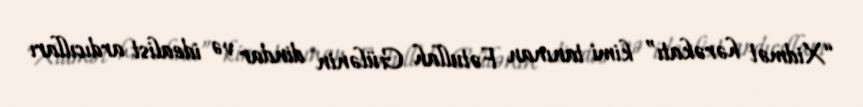
“Xidmət hərəkatı” kimi tanınan Fətullah Gülənin dindar və idealist ardıcılları